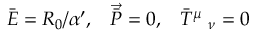
\bar { { \cal { E } } } = R _ { 0 } / \alpha ^ { \prime } , \; \; \; \vec { \bar { P } } = 0 , \; \; \; \bar { T } ^ { \mu } \; _ { \nu } = 0